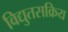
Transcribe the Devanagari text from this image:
विद्युतसक्रिय